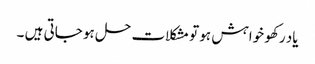
یاد رکھو خواہش ہو تو مشکلات حل ہو جاتی ہیں ۔